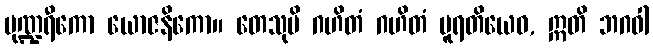
ပုဏ္ဍရီကော ယောဇနိကော။ တေသုပိ ဂဟိတံ ဂဟိတံ ပူရတိယေဝ, ဣတိ ဘဂဝါ